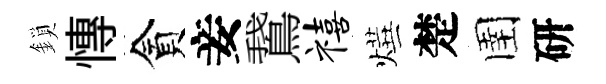
鎖慱貪妾鵞禧燁楚圉研